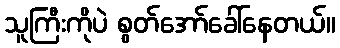
သူကြီးကိုပဲ စွတ်အော်ခေါ်နေတယ်။